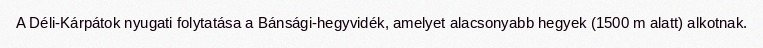
A Déli-Kárpátok nyugati folytatása a Bánsági-hegyvidék, amelyet alacsonyabb hegyek (1500 m alatt) alkotnak.